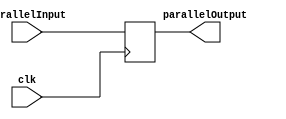
`timescale 1ns/1ns

module register4 (output reg [3:0]parallelOutput, input [3:0]parallelInput, input clk);

initial
begin
parallelOutput = 0;
end


always @(posedge clk)
begin
parallelOutput = parallelInput;
end

endmodule //register